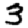
Digit: 3